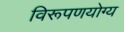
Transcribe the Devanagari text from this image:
विरूपणयोग्य